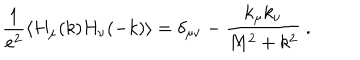
{ \frac { 1 } { e ^ { 2 } } } \langle H _ { \mu } ( k ) H _ { \nu } ( - k ) \rangle = \delta _ { \mu \nu } - { \frac { k _ { \mu } k _ { \nu } } { M ^ { 2 } + k ^ { 2 } } } \ .